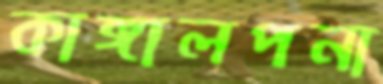
কাঙ্গালপনা